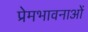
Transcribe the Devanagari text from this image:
प्रेमभावनाओं